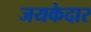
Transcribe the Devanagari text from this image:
जयकेदार